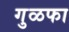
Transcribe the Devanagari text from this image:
गुळफा